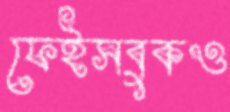
ফেইসবুকও